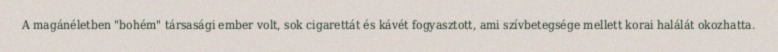
A magánéletben "bohém" társasági ember volt, sok cigarettát és kávét fogyasztott, ami szívbetegsége mellett korai halálát okozhatta.